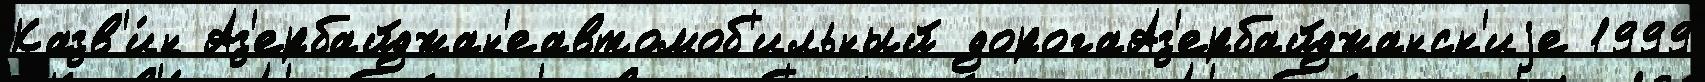
Казв'и́н Аз'ербайджан'еавтомоб'ильный дорогаАз'ербайджанск'иjе 1999